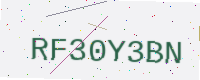
Text: RF30Y3BN